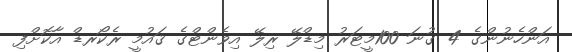
އަންހެނުންގެ 4 ގުނަ 100މީޓަރު މިޑްލޭ ރިލޭ އިވެންޓްގެ ޤައުމީ ރެކޯރޑް އާކޮށްފި